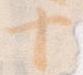
十